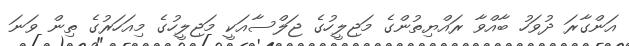
އަންގާރަ ދުވަހު ބާއްވާ ރައްޔިތުންގެ މަޖިލީހުގެ ޖަލްސާއަކީ މަޖިލީހުގެ މިއަހަރުގެ ތިން ވަނަ